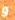
و